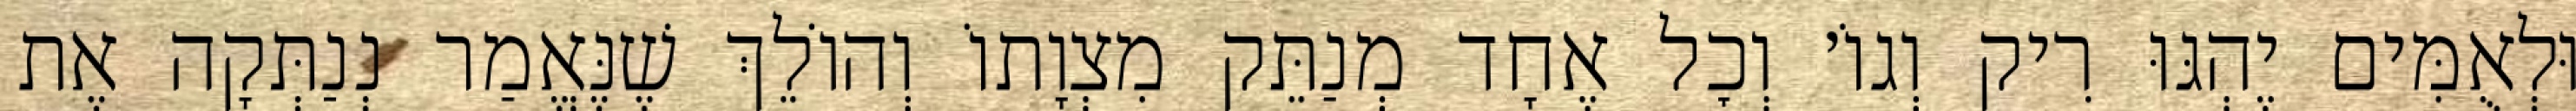
וּלְאֻמִּים יֶהְגּוּ רִיק וְגוֹ׳ וְכׇל אֶחָד מְנַתֵּק מִצְוָתוֹ וְהוֹלֵךְ שֶׁנֶּאֱמַר נְנַתְּקָה אֶת